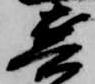
兵